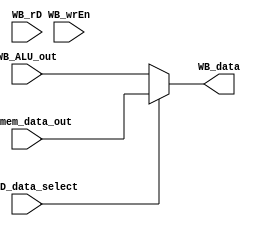
module WB (
    WB_wrEn,WB_rD_data_select, WB_rD,WB_ALU_out,WB_mem_data_out,
    WB_data
);

    input wire WB_wrEn,WB_rD_data_select;
    input wire [0:4] WB_rD;
    input wire [0:63] WB_ALU_out,WB_mem_data_out;
    output wire [0:63] WB_data;

    assign WB_data = WB_rD_data_select?WB_mem_data_out:WB_ALU_out;

endmodule